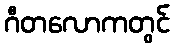
ဂီတလောကတွင်